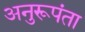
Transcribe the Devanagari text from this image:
अनुरूपंता